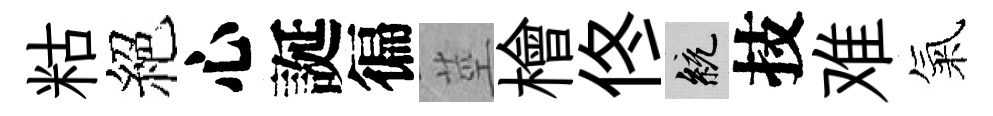
䊀絕心誕徧莖檜佟統技难氣